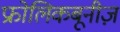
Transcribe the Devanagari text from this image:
फ्रोलिकबूनीज़